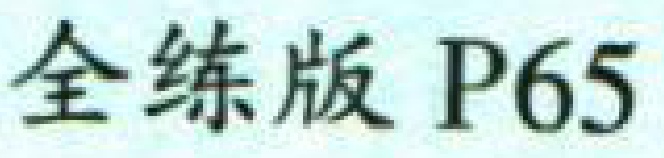
全练版 P65